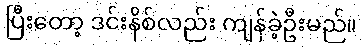
ပြီးတော့ ဒင်းနိစ်လည်း ကျန်ခဲ့ဦးမည်။